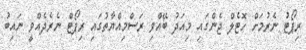
ރިޕޯޓު ނެރުމަށް ހޮޓެލް ޖެންގައި މިއަދު ބޭއްވި ރަސްމިއްޔާތުގައި ރިޕޯޓް ނެރެދެއްވީ ނައިބު